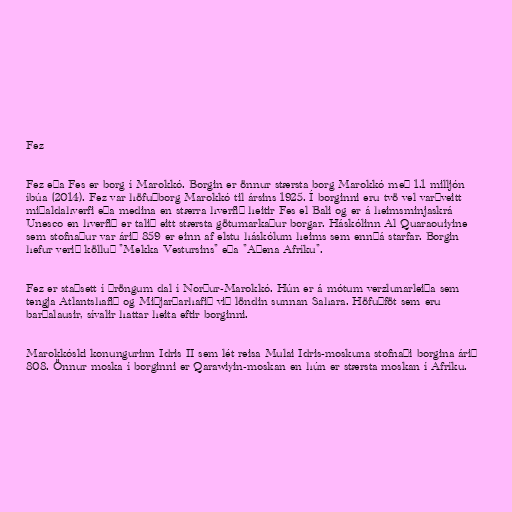
Fez

Fez eða Fes er borg í Marokkó. Borgin er önnur stærsta borg Marokkó með 1.1 milljón
íbúa (2014). Fez var höfuðborg Marokkó til ársins 1925. Í borginni eru tvö vel varðveitt
miðaldahverfi eða medina en stærra hverfið heitir Fes el Bali og er á heimsminjaskrá
Unesco en hverfið er talið eitt stærsta götumarkaður borgar. Háskólinn Al Quaraouiyine
sem stofnaður var árið 859 er einn af elstu háskólum heims sem ennþá starfar. Borgin
hefur verið kölluð "Mekka Vestursins" eða "Aþena Afríku".

Fez er staðsett í þröngum dal í Norður-Marokkó. Hún er á mótum verzlunarleiða sem
tengja Atlantshafið og Miðjarðarhafið við löndin sunnan Sahara. Höfuðföt sem eru
barðalausir, sívalir hattar heita eftir borginni.

Marokkóski konungurinn Idris II sem lét reisa Mulai Idris-moskuna stofnaði borgina árið
808. Önnur moska í borginni er Qarawiyin-moskan en hún er stærsta moskan í Afríku.